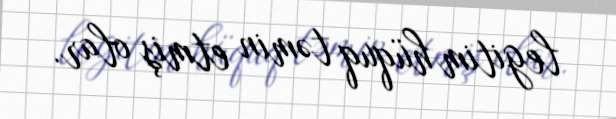
legitim hüquq təmin etmiş olar.